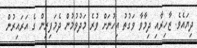
ދިޔައެވެ. ޒާހިރާއި ދިމާވާ ވަގުތު އިހުނަށް ވުރެ މަދުވުމުން ދެމަފިރިން ގެ އަރައިރުން